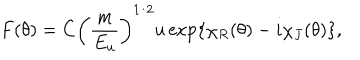
F ( \theta ) = C { \left( \frac { m } { E _ { u } } \right) } ^ { 1 / 2 } u \exp \{ \chi _ { R } ( \theta ) - i \chi _ { J } ( \theta ) \} ,